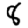
Digit: 8